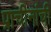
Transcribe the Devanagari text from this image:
प्राचीनांची